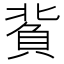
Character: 𧶙